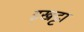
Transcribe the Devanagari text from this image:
इखट्टा